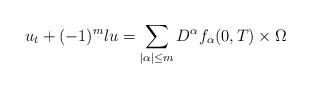
\begin{align*}&u_t+(-1)^m \l u =\sum_{|\alpha|\le m}D^\alpha f_\alpha (0,T)\times \Omega\end{align*}